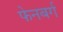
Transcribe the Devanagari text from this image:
फेनबर्ग